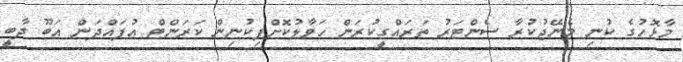
މާޅޮހުގެ ކުނި މެނޭޖުކުރާ ސެންޓަރު ތަރައްގީކުރަން ހަވާލުކޮށްފިކުނިން ކަރަންޓް އުފައްދަން އަބޫ ދާބީ